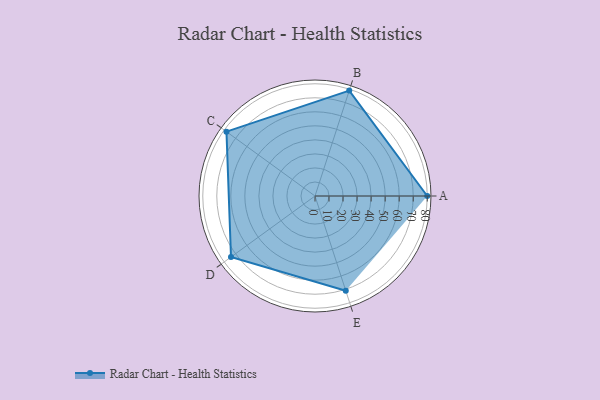
{"axis": {"x": "Skill", "y": "Score"}, "legend": ["Profile"], "data": [{"x": "A", "y": 80.0, "type": "Profile"}, {"x": "B", "y": 79.0, "type": "Profile"}, {"x": "C", "y": 78.0, "type": "Profile"}, {"x": "D", "y": 74.0, "type": "Profile"}, {"x": "E", "y": 71.0, "type": "Profile"}]}